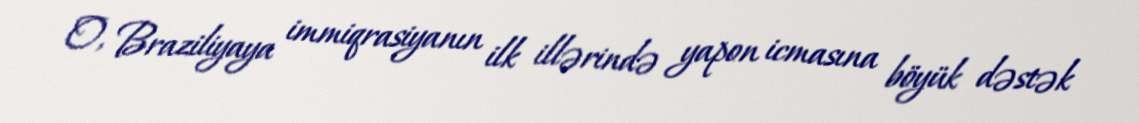
O, Braziliyaya immiqrasiyanın ilk illərində yapon icmasına böyük dəstək